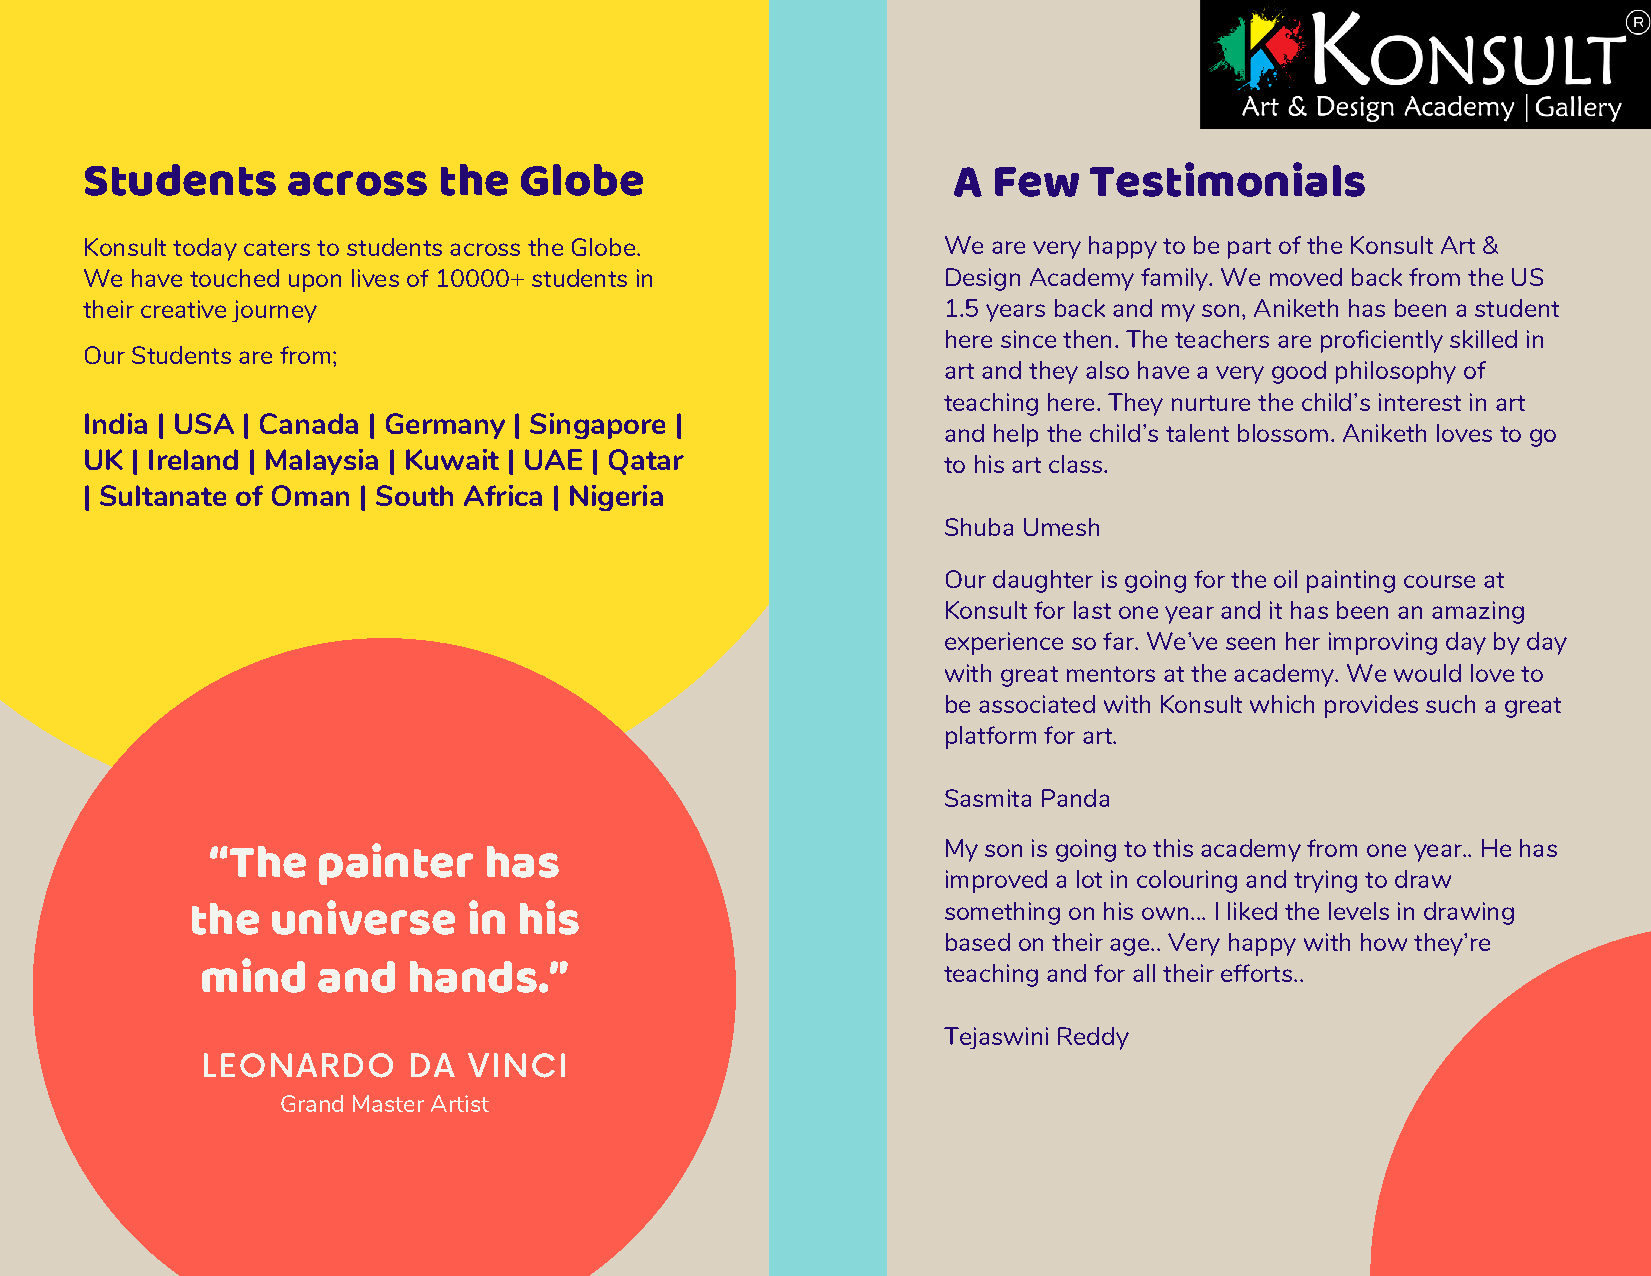
Students      across    the  Globe                        A  Few   Testimonials
 Konsult today caters to students across the Globe.       We  are very happy to be part of the Konsult Art &
 We  have touched upon lives of 10000+ students in        Design Academy family. We moved back from the US
 their creative journey                                   1.5 years back and my son, Aniketh has been a student
 here since then. The teachers are proficiently skilled in
 Our Students are from;
 art and they also have a very good philosophy of
 teaching here. They nurture the child’s interest in art
 India | USA | Canada | Germany | Singapore |
 and help the child’s talent blossom. Aniketh loves to go
 UK  | Ireland | Malaysia | Kuwait | UAE | Qatar          to his art class.
 | Sultanate of Oman | South Africa | Nigeria
 Shuba Umesh
 Our daughter is going for the oil painting course at
 Konsult for last one year and it has been an amazing
 experience so far. We’ve seen her improving day by day
 with great mentors at the academy. We would love to
 be associated with Konsult which provides such a great
 platform for art.
 Sasmita Panda
 My son is going to this academy from one year.. He has
 “The   painter    has
 improved a lot in colouring and trying to draw
 something on his own... I liked the levels in drawing
 the   universe     in his
 based on their age.. Very happy with how they’re
 mind    and   hands.”                            teaching and for all their efforts..
 Tejaswini Reddy
 LEONARDO      DA  VINCI
 Grand Master Artist